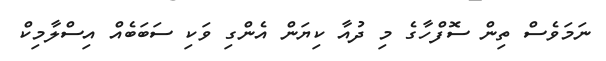
ނަމަވެސް ތިން ސޮފްހާގެ މި ދުއާ ކިޔަން އެންގި ވަކި ސަބަބެއް އިސްލާމިކް